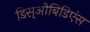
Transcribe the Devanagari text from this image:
डिस्‌ओबिडिएंस